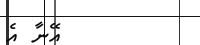
އޭނާ އެ